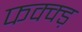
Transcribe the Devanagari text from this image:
फक्क्ड़